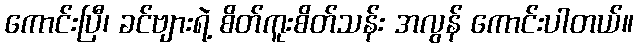
ကောင်းပြီ၊ ခင်ဗျားရဲ့ စိတ်ကူးစိတ်သန်း အလွန် ကောင်းပါတယ်။